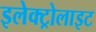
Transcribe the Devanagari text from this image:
इलेक्‍ट्रोलाइट